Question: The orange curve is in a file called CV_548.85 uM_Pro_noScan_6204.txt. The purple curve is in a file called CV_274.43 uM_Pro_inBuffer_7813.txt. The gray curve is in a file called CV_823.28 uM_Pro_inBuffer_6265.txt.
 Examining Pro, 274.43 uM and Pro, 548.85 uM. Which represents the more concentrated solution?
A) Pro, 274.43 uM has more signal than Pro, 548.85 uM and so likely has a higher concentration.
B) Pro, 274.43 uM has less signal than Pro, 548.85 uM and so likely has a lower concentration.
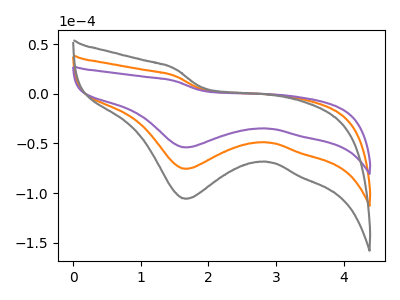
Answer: <think>The orange curve "Pro, 548.85 uM" has a cathodic peak at: (1.65V, -75.60uA). The purple curve "Pro, 274.43 uM" has a cathodic peak at: (1.65V, -54.00uA). The gray curve "Pro, 823.28 uM" has a cathodic peak at: (1.65V, -151.15uA).
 All the peaks in "Pro, 274.43 uM" have a peak in "Pro, 548.85 uM" at the same potential. Every peak in "Pro, 274.43 uM" is lower than every peak in "Pro, 548.85 uM".</think>
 <answer>B) "Pro, 274.43 uM" has less signal than "Pro, 548.85 uM" and so likely has a lower concentration.</answer>
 <eval>B</eval>